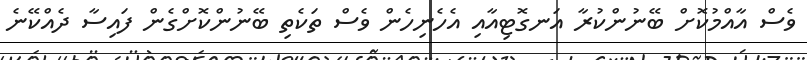
ވެސް އާއްމުކޮށް ބޭނުންކުރާ އަނގޮޓިއާއި އެހެނިހެން ވެސް ތަކެތި ބޭނުންކޮށްގެން ފައިސާ ދެއްކޭނެ